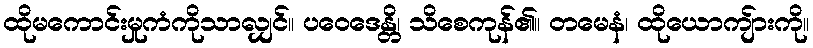
ထိုမကောင်းမှုကံကိုသာလျှင်။ ပဝေဒေန္တိ၊ သိစေကုန်၏။ တမေနံ၊ ထိုယောကျ်ားကို။